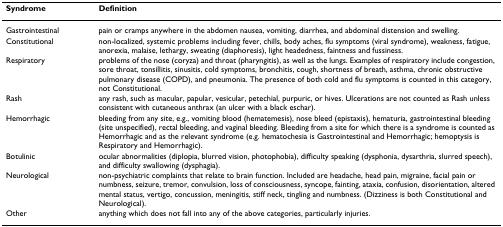
| Syndrome | Definition |
 | --- | --- |
 | Gastrointestinal | pain or cramps anywhere in the abdomen nausea, vomiting, diarrhea, and abdominal distension and swelling. |
 | Constitutional | non-localized, systemic problems including fever, chills, body aches, flu symptoms (viral syndrome), weakness, fatigue, anorexia, malaise, lethargy, sweating (diaphoresis), light headedness, faintness and fussiness. |
 | Respiratory | problems of the nose (coryza) and throat (pharyngitis), as well as the lungs. Examples of respiratory include congestion, sore throat, tonsillitis, sinusitis, cold symptoms, bronchitis, cough, shortness of breath, asthma, chronic obstructive pulmonary disease (COPD), and pneumonia. The presence of both cold and flu symptoms is counted in this category, not Constitutional. |
 | Rash | any rash, such as macular, papular, vesicular, petechial, purpuric, or hives. Ulcerations are not counted as Rash unless consistent with cutaneous anthrax (an ulcer with a black eschar). |
 | Hemorrhagic | bleeding from any site, e.g., vomiting blood (hematemesis), nose bleed (epistaxis), hematuria, gastrointestinal bleeding (site unspecified), rectal bleeding, and vaginal bleeding. Bleeding from a site for which there is a syndrome is counted as Hemorrhagic and as the relevant syndrome (e.g. hematochesia is Gastrointestinal and Hemorrhagic; hemoptysis is Respiratory and Hemorrhagic). |
 | Botulinic | ocular abnormalities (diplopia, blurred vision, photophobia), difficulty speaking (dysphonia, dysarthria, slurred speech), and difficulty swallowing (dysphagia). |
 | Neurological | non-psychiatric complaints that relate to brain function. Included are headache, head pain, migraine, facial pain or numbness, seizure, tremor, convulsion, loss of consciousness, syncope, fainting, ataxia, confusion, disorientation, altered mental status, vertigo, concussion, meningitis, stiff neck, tingling and numbness. (Dizziness is both Constitutional and Neurological). |
 | Other | anything which does not fall into any of the above categories, particularly injuries. |